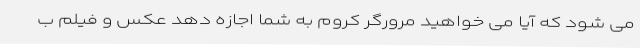
می شود که آیا می خواهید مرورگر کروم به شما اجازه دهد عکس و فیلم ب